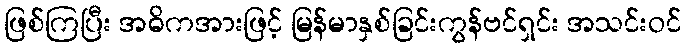
ဖြစ်ကြပြီး အဓိကအားဖြင့် မြန်မာနှစ်ခြင်းကွန်ဗင်ရှင်း အသင်းဝင်